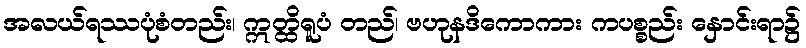
အလယ်ရဿပုံစံတည်း၊ ဣတ္ထိရူပံ တည်၊ ဗဟုနဒိကောကား ကပစ္စည်း နှောင်းရာ၌